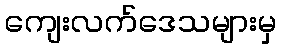
ကျေးလက်ဒေသများမှ